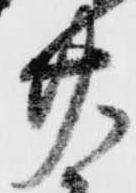
廿